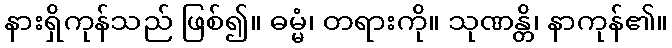
နားရှိကုန်သည် ဖြစ်၍။ ဓမ္မံ၊ တရားကို။ သုဏန္တိ၊ နာကုန်၏။